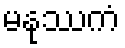
မနုဿကံ